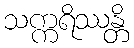
သက္ကရိဿန္တိ